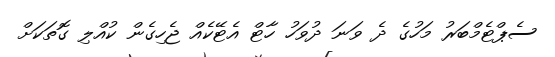
ސެޕްޓެމްބަރު މަހުގެ ދެ ވަނަ ދުވަހު ހާޓް އެޓޭކެއް ޖެހިގެން ކުއްލި ގޮތަކަށް